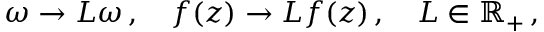
\omega \rightarrow L \omega \, , \quad f ( z ) \rightarrow L f ( z ) \, , \quad L \in \mathbb { R } _ { + } \, ,